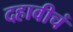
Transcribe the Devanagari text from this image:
दहावीचं